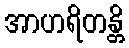
အာဟရိတန္တိ